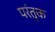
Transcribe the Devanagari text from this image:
परंतुक